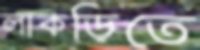
লাকড়িতে